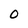
Character: O